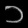
Digit: ၁